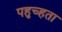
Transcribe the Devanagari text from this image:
पहुच्हता